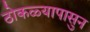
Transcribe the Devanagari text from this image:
ठोकळ्यापासुन